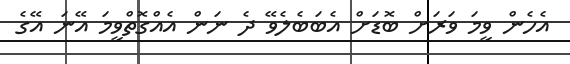
އެހެން ވީމަ ވަރަށް ބޮޑަށް އެބަބެލެވޭ ދެ ނަން އެއްގޮތްވީމަ އޭނަ އޭގެ